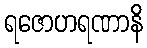
ရဇောဟရဏာနိ